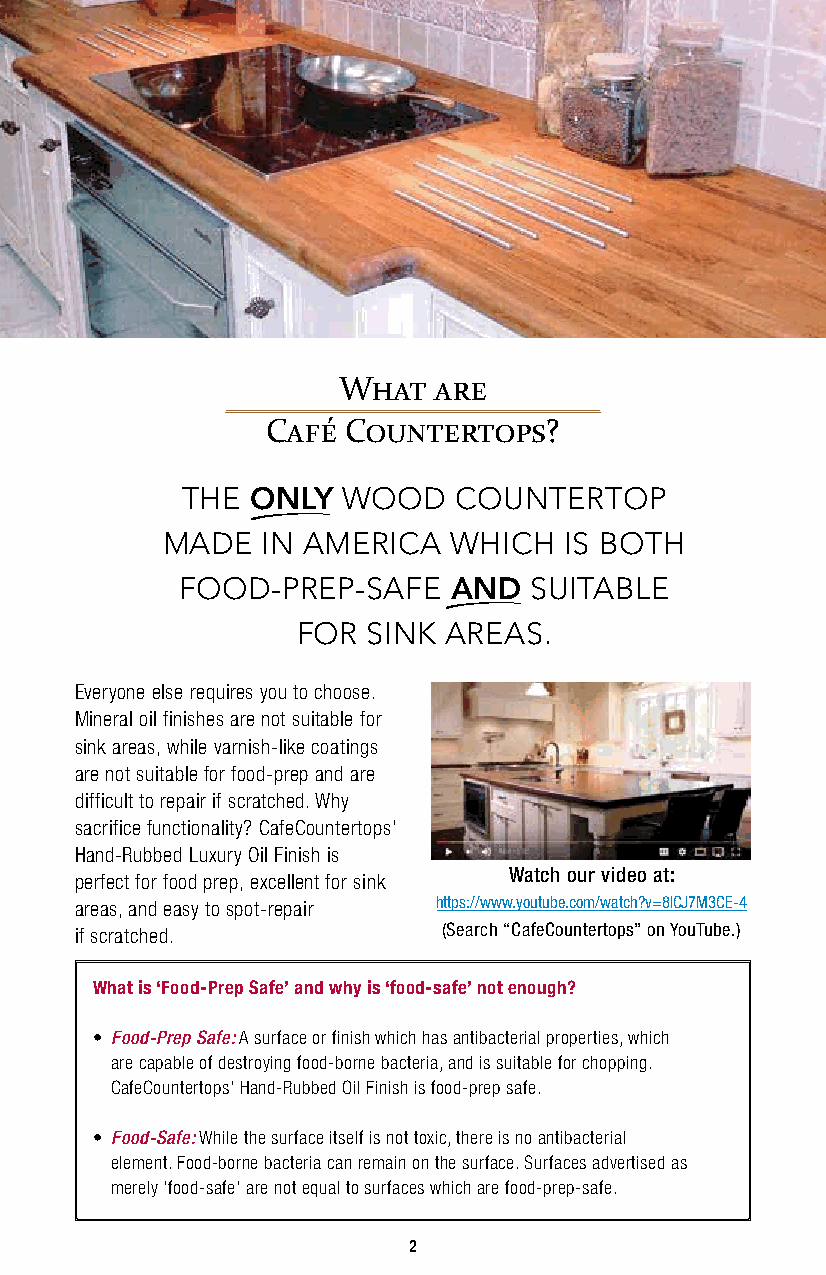
What   are
 Café Countertops?
 THE  OaNLY WOOD   COUNTERTOP
 MADE  IN AMERICA   WHICH  IS BOTH
 FOOD-PREP-SAFE    aAND SUITABLE
 FOR SINK AREAS.
 Everyone else requires you to choose.
 Mineral oil finishes are not suitable for
 sink areas, while varnish-like coatings
 are not suitable for food-prep and are
 difficult to repair if scratched. Why
 sacrifice functionality? CafeCountertops’
 Hand-Rubbed Luxury Oil Finish is
 Watch our video at:
 perfect for food prep, excellent for sink
 areas, and easy to spot-repair https://www.youtube.com/watch?v=8lCJ7M3CE-4
 if scratched.           (Search “CafeCountertops” on YouTube.)
 What is ‘Food-Prep Safe’ and why is ‘food-safe’ not enough?
 • Food-Prep Safe: A surface or finish which has antibacterial properties, which
 are capable of destroying food-borne bacteria, and is suitable for chopping.
 CafeCountertops’ Hand-Rubbed Oil Finish is food-prep safe.
 • Food-Safe: While the surface itself is not toxic, there is no antibacterial
 element. Food-borne bacteria can remain on the surface. Surfaces advertised as
 merely ‘food-safe’ are not equal to surfaces which are food-prep-safe.
 2